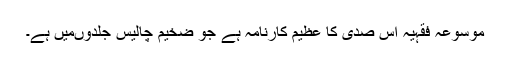
موسوعہ فقہیہ اس صدی کا عظیم کارنامہ ہے جو ضخیم چالیس جلدوںمیں ہے۔